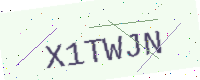
Text: X1TWJN